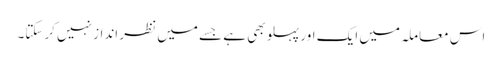
اس معاملہ میں ایک اور پہلو بھی ہے جسے میں نظر انداز نہیں کرسکتا۔